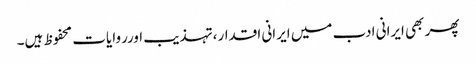
پھر بھی ایرانی ادب میں ایرانی اقدار،تہذیب اورروایات محفوظ ہیں۔